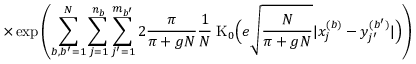
\times \exp \left( \sum _ { b , b ^ { \prime } = 1 } ^ { N } \sum _ { j = 1 } ^ { n _ { b } } \sum _ { j ^ { \prime } = 1 } ^ { m _ { b ^ { \prime } } } 2 \frac { \pi } { \pi + g N } \frac { 1 } { N } \; \mathrm { K } _ { 0 } \Big ( e \sqrt { \frac { N } { \pi + g N } } | x _ { j } ^ { ( b ) } - y _ { j ^ { \prime } } ^ { ( b ^ { \prime } ) } | \Big ) \right)